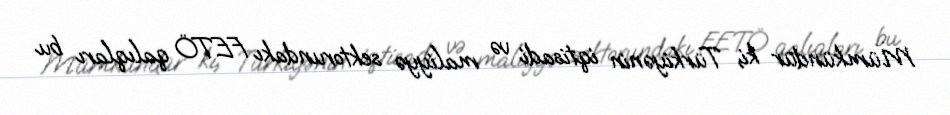
Mümkündür ki, Türkiyənin iqtisadi və maliyyə sektorundakı FETÖ qalıqları bu